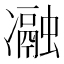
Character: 𭂧